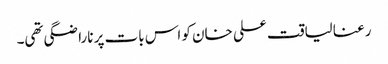
رعنا لیاقت علی خان کو اس بات پر ناراضگی تھی۔